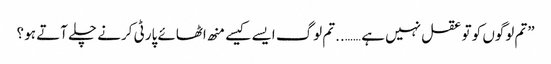
”تم لوگوں کو تو عقل نہیں ہے ……..تم لوگ ایسے کیسے منھ اٹھائے پارٹی کرنے چلے آتے ہو ؟